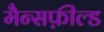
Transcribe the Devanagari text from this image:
मैन्सफ़ील्ड